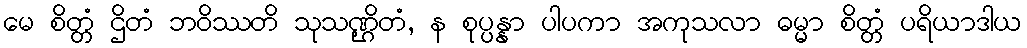
မေ စိတ္တံ ဌိတံ ဘဝိဿတိ သုသဏ္ဌိတံ, န စုပ္ပန္နာ ပါပကာ အကုသလာ ဓမ္မာ စိတ္တံ ပရိယာဒါယ